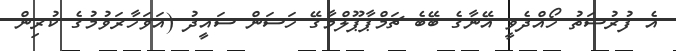
އެ ފުރުސަތު ހޯއްދެވީ އޭނާގެ ބޭބެ ޗަމްޕާޕޫލްމާގޭ ހަސަން ސައީދު (އަވަހާރަވުމުގެ ކުރިން